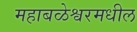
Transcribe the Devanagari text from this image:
महाबळेश्वरमधील